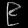
Digit: ၉